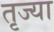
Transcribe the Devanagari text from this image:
तृज्या